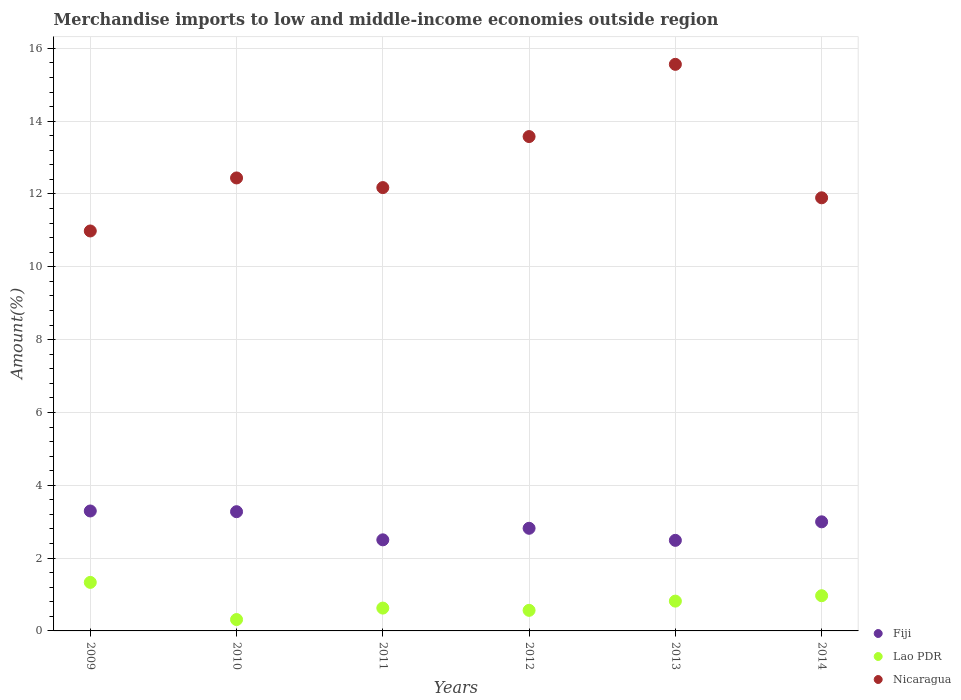
| Years | Fiji | Lao PDR | Nicaragua |
 | --- | --- | --- | --- |
 | 2009 | 3.29 | 1.33 | 11 |
 | 2010 | 3.27 | 0.312 | 12.4 |
 | 2011 | 2.5 | 0.627 | 12.2 |
 | 2012 | 2.82 | 0.565 | 13.6 |
 | 2013 | 2.49 | 0.819 | 15.6 |
 | 2014 | 3 | 0.967 | 11.9 |